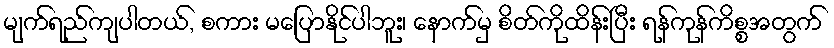
မျက်ရည်ကျပါတယ်, စကား မပြောနိုင်ပါဘူး၊ နောက်မှ စိတ်ကိုထိန်းပြီး ရန်ကုန်ကိစ္စအတွက်